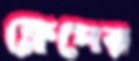
ফ্লেপের